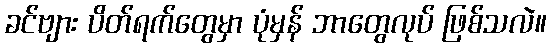
ခင်ဗျား ပိတ်ရက်တွေမှာ ပုံမှန် ဘာတွေလုပ် ဖြစ်သလဲ။